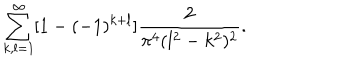
\sum _ { k , l = 1 } ^ { \infty } [ 1 - ( - 1 ) ^ { k + l } ] \frac { 2 } { \pi ^ { 4 } ( l ^ { 2 } - k ^ { 2 } ) ^ { 2 } } .